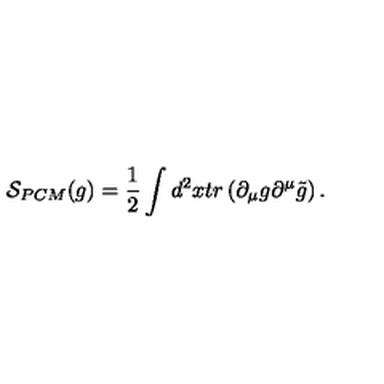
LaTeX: { \cal S } _ { P C M } ( g ) = { \frac { 1 } { 2 } } \int d ^ { 2 } x t r \left( \partial _ { \mu } g \partial ^ { \mu } \tilde { g } \right) .